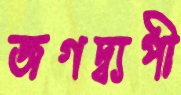
জগদ্ব্যপী